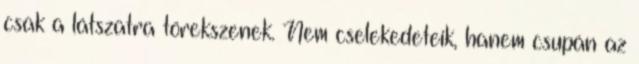
csak a látszatra törekszenek. Nem cselekedeteik, hanem csupán az